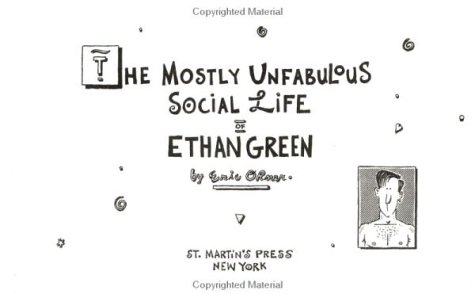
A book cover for The Mostly Unfabulous Social Life of Ethan Green; Eric Orner; Comics & Graphic Novels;